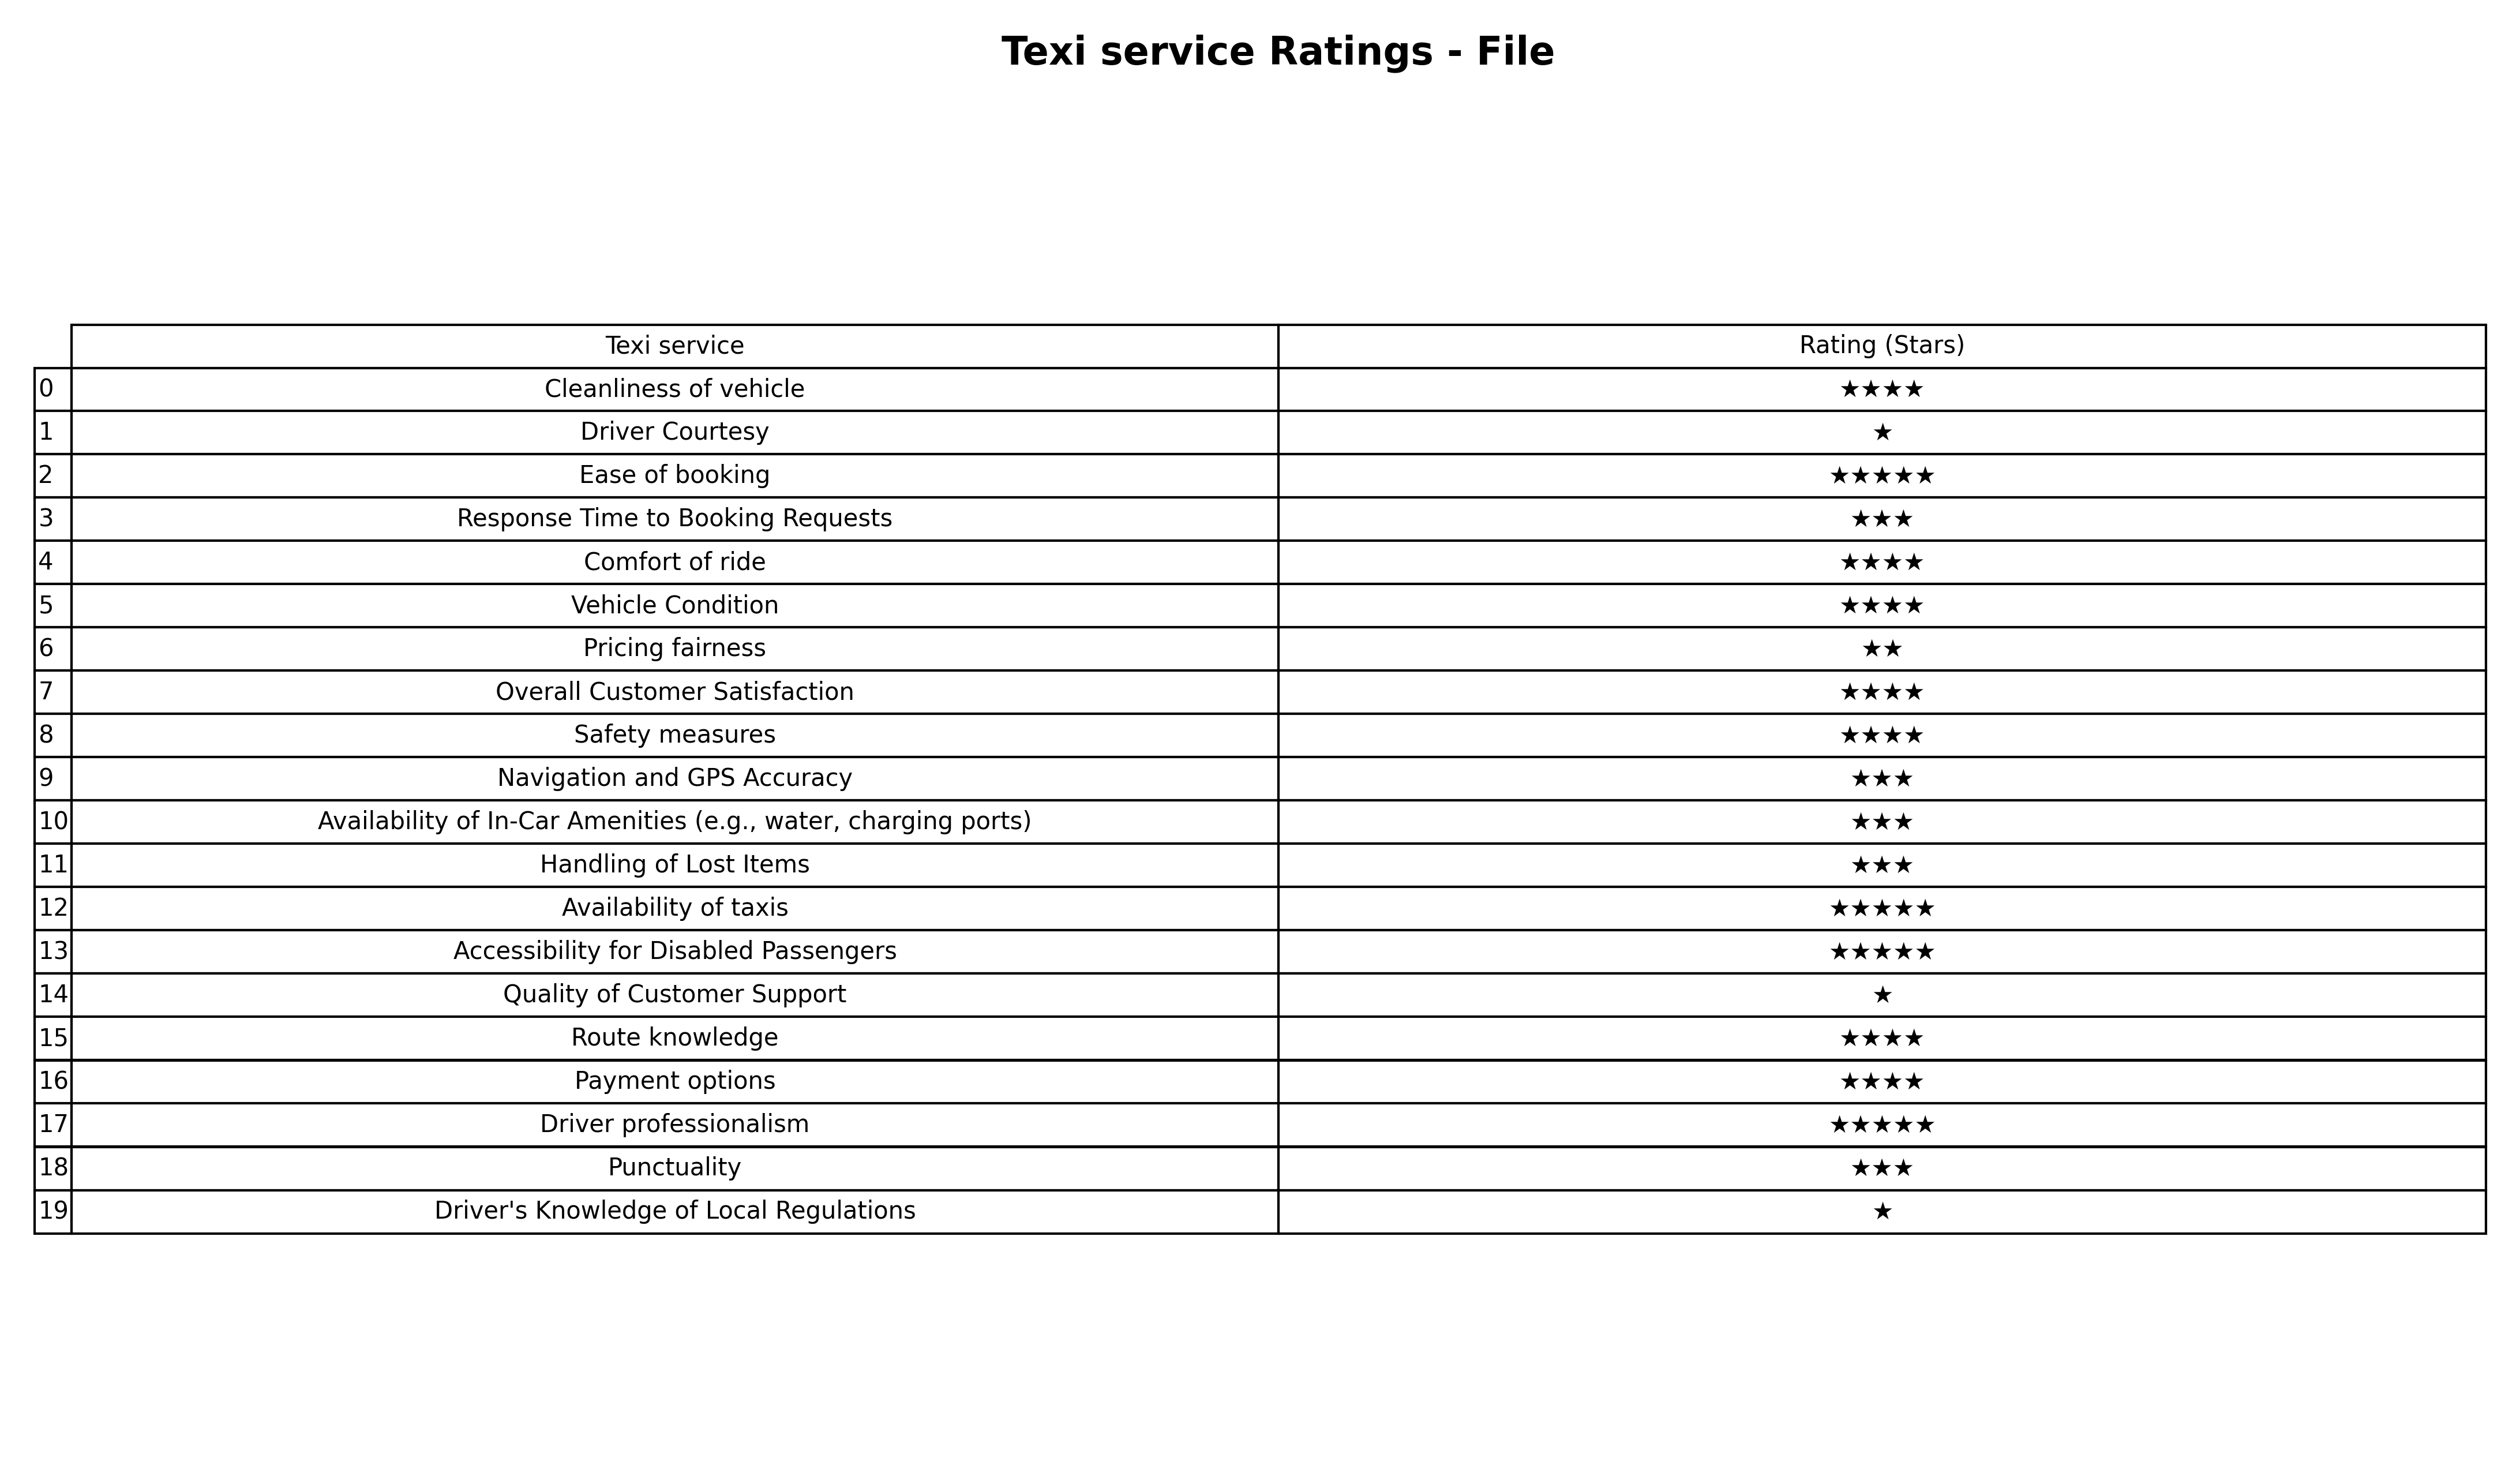
question: What is the rating of Ease of booking?
answer: ★★★★★